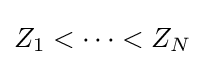
Z_{1}<\cdots <Z_{N}